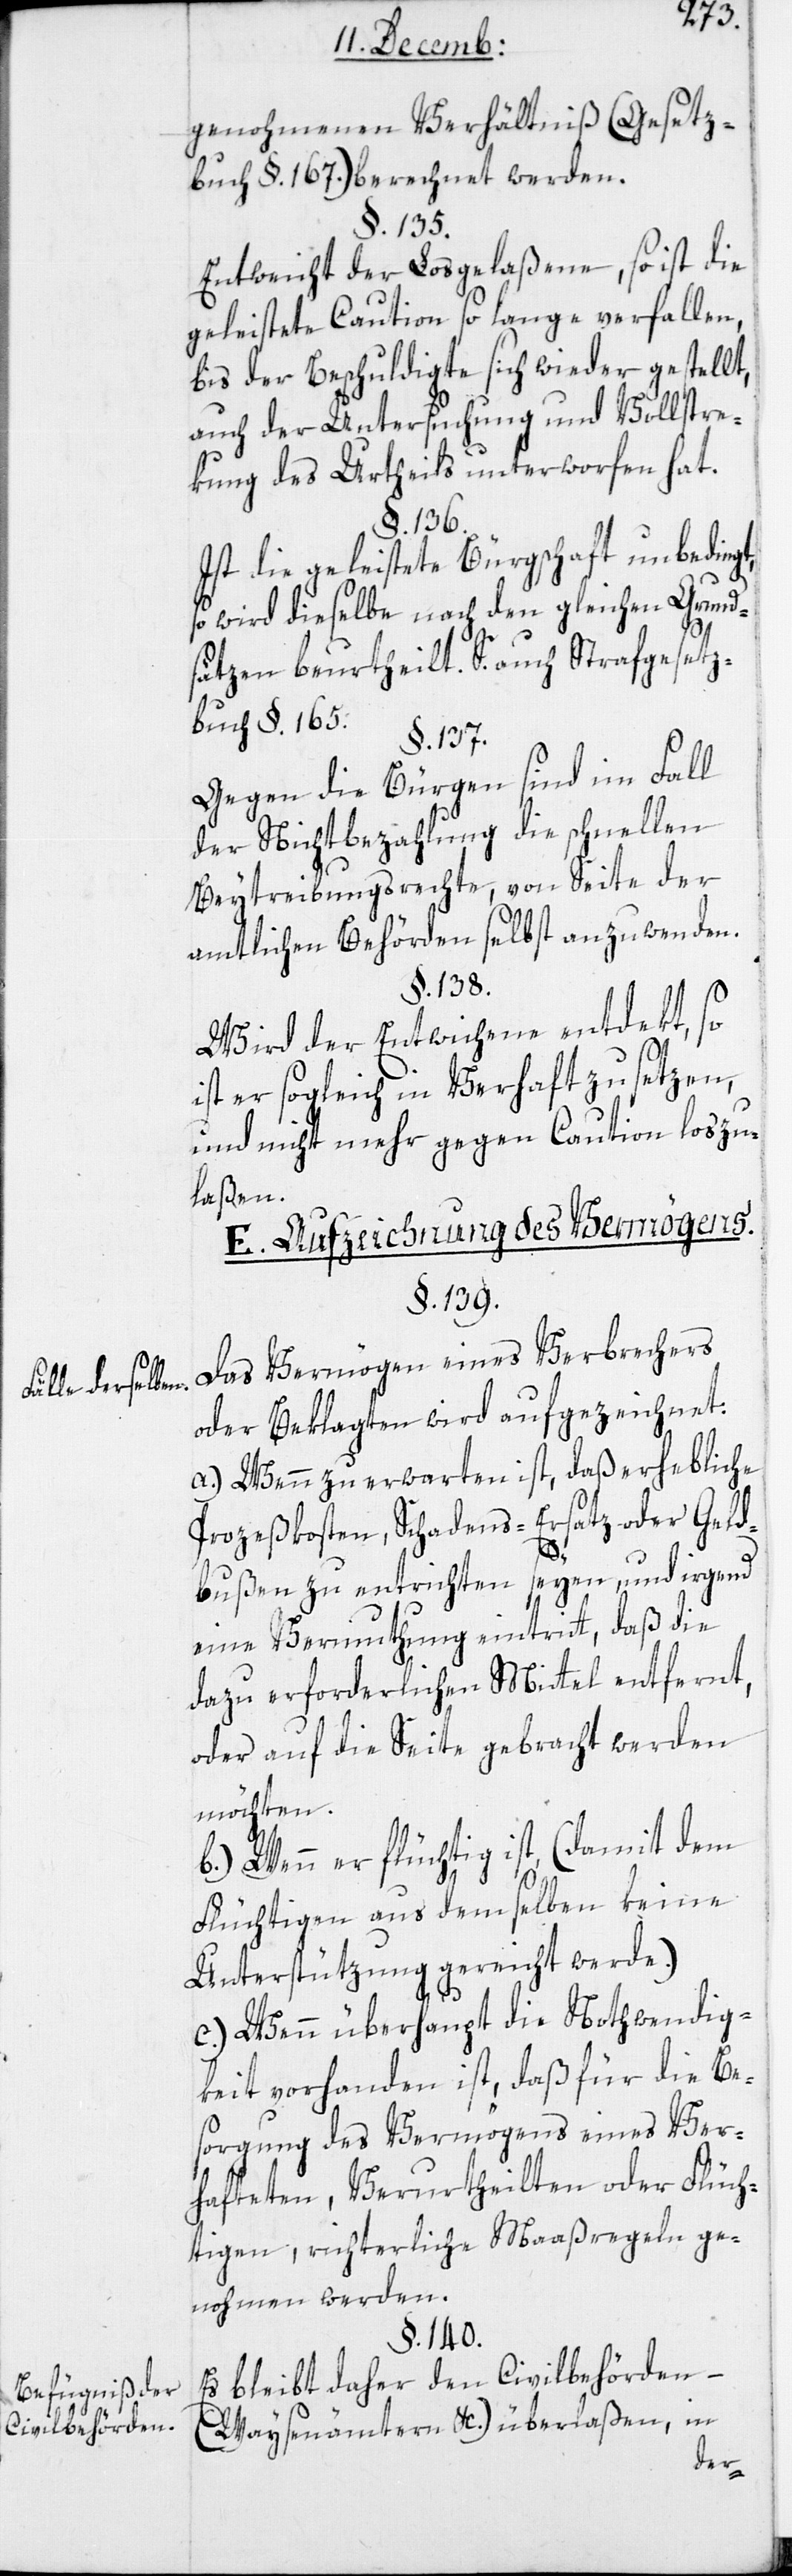
älle derselbe¬
Befugniß der
Civilbehörden.

genohmenen Verhältnis (Gesetz¬
buch §. 167.) berechnet werden.
§. 135.
Entweicht der Losgelaßene, so ist die
geleistete Caution so lange verfallen,
bis der Beschuldigte sich wieder gestellt,
auch der Untersuchung und Vollstre¬
kung des Urtheils unterworfen hat.
§. 136.
Ist die geleistete Bürgschaft unbedingt,
so wird dieselbe nach den gleichen Grund¬
sätzen beurtheilt. S. auch Strafgesetz¬
buch §. 165.
§. 137.
Gegen die Bürgen sind im Fall
der Nichtbezahlung die schnellen
Beytreibungsrechte, von Seite der
amtlichen Behörden selbst anzuwenden.
§. 138.
Wird der Entwichene entdekt, so
ist er sogleich in Verhaft zu setzen,
und nicht mehr gegen Caution loszu¬
laßen.
E. Aufzeichnung des Vermögens.
§. 139.
Das Vermögen eines Verbrechers
oder Beklagten wird aufgezeichnet:
a.) Wenn zu erwarten ist, daß erhebliche
Prozeßkosten, Schadens-Ersatz oder Geld¬
n.
bußen zu entrichten seyen, und irgend
eine Vermuthung eintritt, daß die
dazu erforderlichen Mittel entfernt,
oder auf die Seite gebracht werden
möchten.
b.) Wenn er flüchtig ist, (damit dem
Flüchtigen aus demselben keine
Unterstützung gereicht werde.)
c.) Wenn überhaupt die Nothwendig¬
keit vorhanden ist, daß für die Be¬
sorgung des Vermögens eines Ver¬
hafteten, Verurtheilten oder Flüch¬
tigen, richterliche Maaßregeln ge¬
nohmen werden.
§. 140.
Es bleibt daher den Civilbehörden –
(Waysenämtern &c.) überlaßen, in